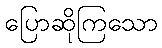
ပြောဆိုကြသော